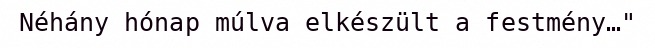
Néhány hónap múlva elkészült a festmény…"